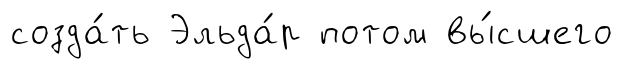
созда́ть Эльда́р потом вы́сшего